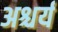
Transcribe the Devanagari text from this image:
अश्चर्य